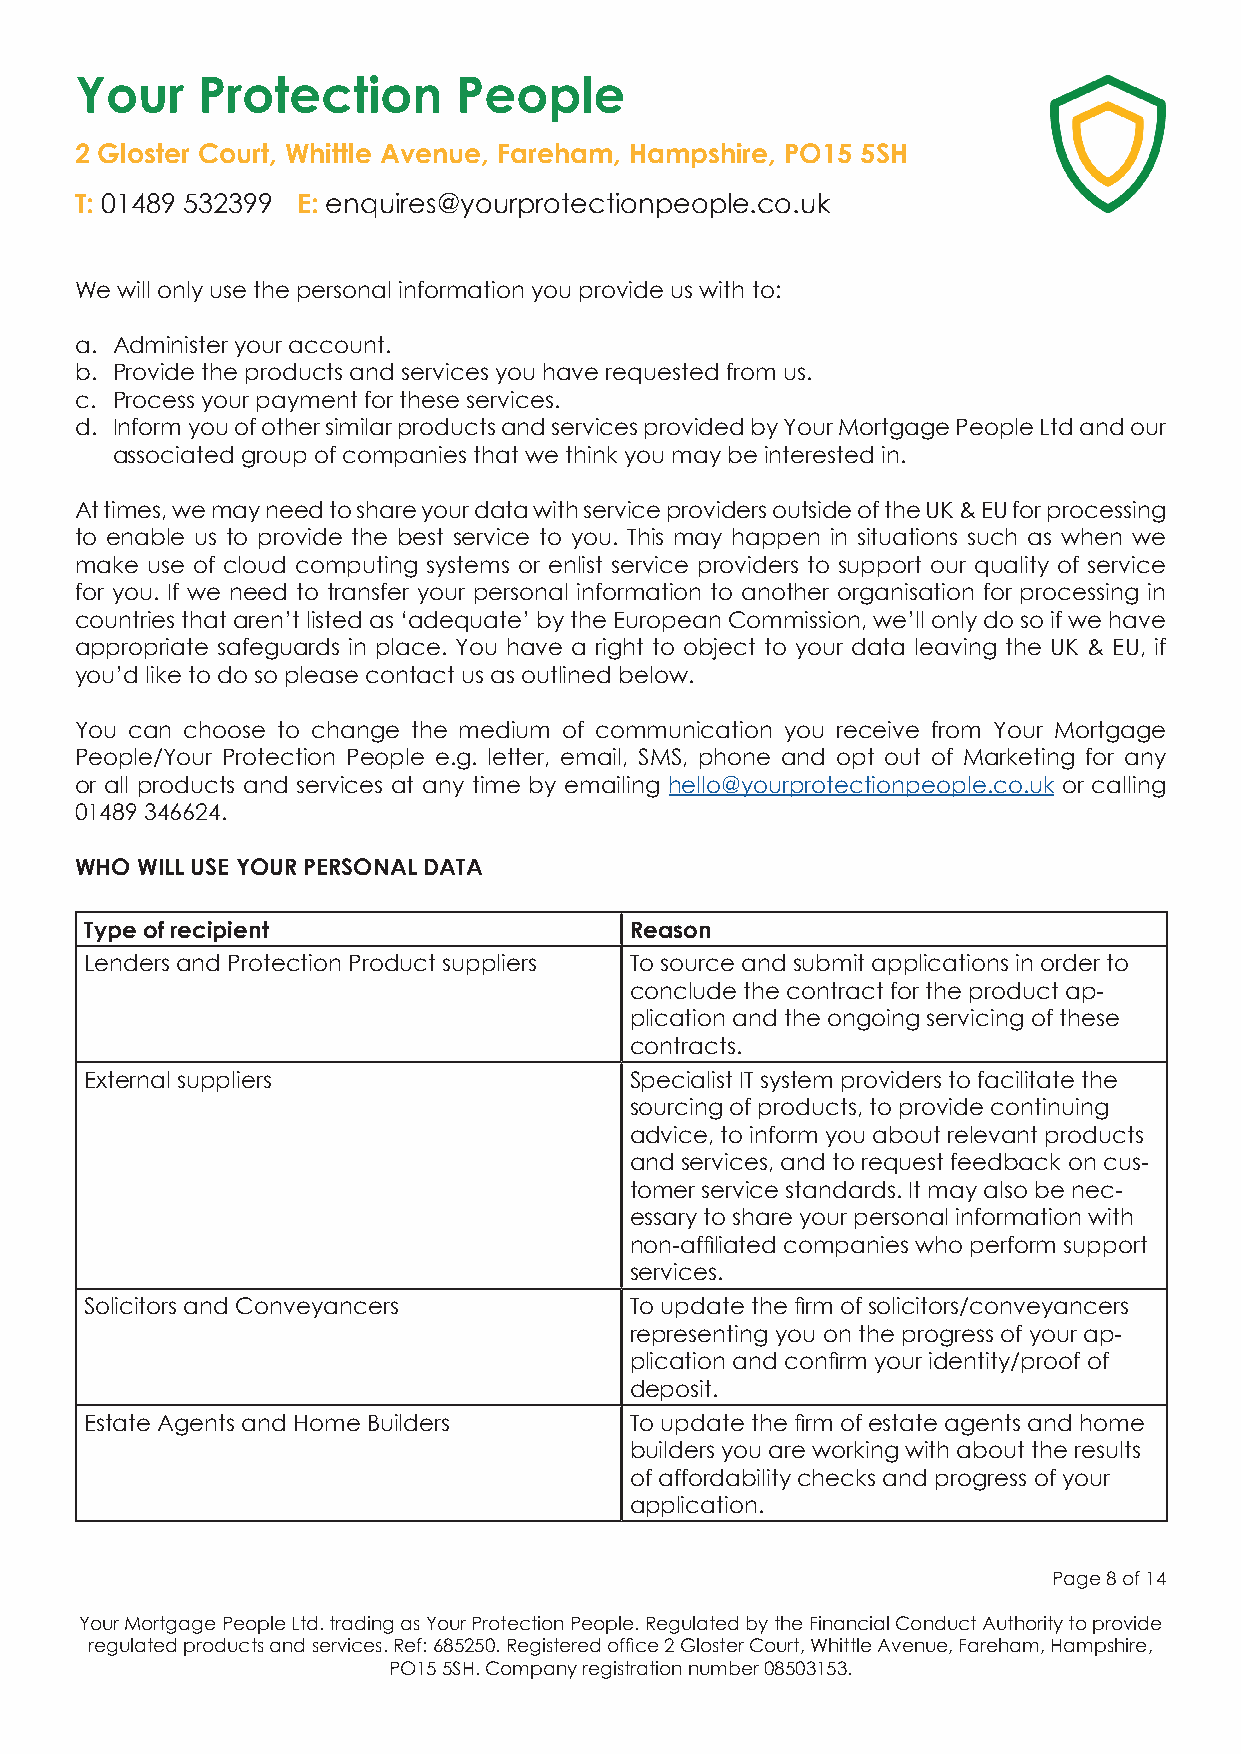
Your    Protection       People
 2 Gloster Court, Whittle Avenue, Fareham, Hampshire, PO15 5SH
 T: 01489 532399 E: enquires@yourprotectionpeople.co.uk
 We will only use the personal information you provide us with to:
 a. Administer your account.
 b. Provide the products and services you have requested from us.
 c. Process your payment for these services.
 d. Inform you of other similar products and services provided by Your Mortgage People Ltd and our
 associated group of companies that we think you may be interested in.
 At times, we may need to share your data with service providers outside of the UK & EU for processing
 to enable us to provide the best service to you. This may happen in situations such as when we
 make use of cloud computing systems or enlist service providers to support our quality of service
 for you. If we need to transfer your personal information to another organisation for processing in
 countries that aren’t listed as ‘adequate’ by the European Commission, we’ll only do so if we have
 appropriate safeguards in place. You have a right to object to your data leaving the UK & EU, if
 you’d like to do so please contact us as outlined below.
 You can choose to change the medium of communication you receive from Your Mortgage
 People/Your Protection People e.g. letter, email, SMS, phone and opt out of Marketing for any
 or all products and services at any time by emailing hello@yourprotectionpeople.co.uk or calling
 01489 346624.
 WHO WILL USE YOUR PERSONAL DATA
 Type of recipient                   Reason
 Lenders and Protection Product suppliers To source and submit applications in order to
 conclude the contract for the product ap-
 plication and the ongoing servicing of these
 contracts.
 External suppliers                  Specialist IT system providers to facilitate the
 sourcing of products, to provide continuing
 advice, to inform you about relevant products
 and services, and to request feedback on cus-
 tomer service standards. It may also be nec-
 essary to share your personal information with
 non-affiliated companies who perform support
 services.
 Solicitors and Conveyancers         To update the firm of solicitors/conveyancers
 representing you on the progress of your ap-
 plication and confirm your identity/proof of
 deposit.
 Estate Agents and Home Builders     To update the firm of estate agents and home
 builders you are working with about the results
 of affordability checks and progress of your
 application.
 Page 8 of 14
 Your Mortgage People Ltd. trading as Your Protection People. Regulated by the Financial Conduct Authority to provide
 regulated products and services. Ref: 685250. Registered office 2 Gloster Court, Whittle Avenue, Fareham, Hampshire,
 PO15 5SH. Company registration number 08503153.